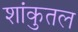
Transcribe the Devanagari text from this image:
शांकुतल